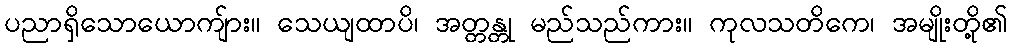
ပညာရှိသောယောကျ်ား။ သေယျထာပိ၊ အတ္တန္တု မည်သည်ကား။ ကုလသတိကေ၊ အမျိုးတို့၏